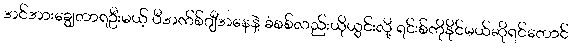
အင်အားချွေတာရဦးမယ့် ပီအက်စ်ဂျီအနေနဲ့ ခံစစ်လည်းယိုယွင်းလို့ ရင်းစ်ကိုနိုင်မယ်ဆိုရင်တောင်